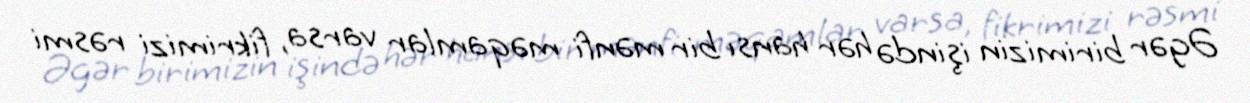
Əgər birimizin işində hər hansı bir mənfi məqamlar varsa, fikrimizi rəsmi